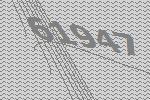
61947